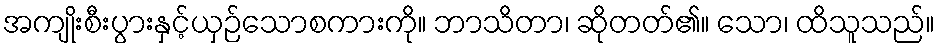
အကျိုးစီးပွားနှင့်ယှဉ်သောစကားကို။ ဘာသိတာ၊ ဆိုတတ်၏။ သော၊ ထိသူသည်။